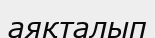
аяқталып